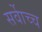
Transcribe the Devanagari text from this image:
सर्वाेच्च